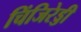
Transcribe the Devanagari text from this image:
चिंजिरेड्डी